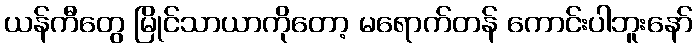
ယန်ကီတွေ မြိုင်သာယာကိုတော့ မရောက်တန် ကောင်းပါဘူးနော်